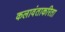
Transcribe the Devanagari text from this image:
कलावंताकरिता